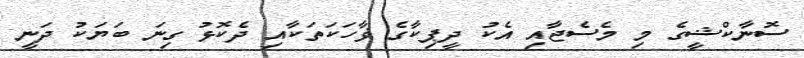
ސޮނާކްޝީގެ މި މެސެޖާއި އެކު ދީޕިކާގެ ޥާހަކަތަކާއި ދެކޮޅު ގިނަ ބަޔަކު ދަނީ